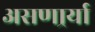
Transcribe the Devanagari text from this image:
असणार्र्या